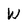
Character: W